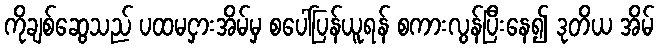
ကိုချစ်ဆွေသည် ပထမငှားအိမ်မှ စပေါ်ပြန်ယူရန် စကားလွန်ပြီးနေ၍ ဒုတိယ အိမ်